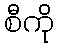
စီကို